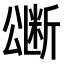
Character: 𭁜